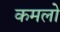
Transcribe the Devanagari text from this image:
कमलो